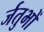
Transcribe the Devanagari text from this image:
र्जतुभों